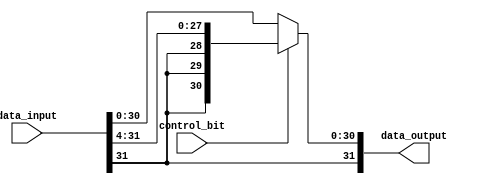
module my_4bit_rightshifter(data_input, control_bit, data_output);

	input [31:0] data_input;
	input control_bit;
	
	wire [31:0] shifted;
	
	output [31:0] data_output;
	
	
	genvar k;
	generate
	for(k = 0; k < 28; k = k+1) begin: my4RightShiftLoop
		assign shifted[k] = data_input[k+4];
    end
	endgenerate
    
    genvar j;
	generate
	for(j = 28; j < 32; j = j+1) begin: my4RightShiftLoop2
		assign shifted[j] = data_input[31];
    end
	endgenerate
	
	assign data_output = control_bit ? shifted : data_input;
	
	
	
endmodule